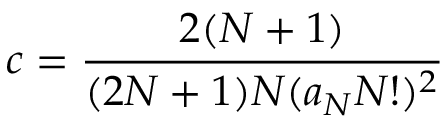
c = \frac { 2 ( N + 1 ) } { ( 2 N + 1 ) N ( a _ { N } N ! ) ^ { 2 } }